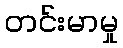
တင်းမာမှု